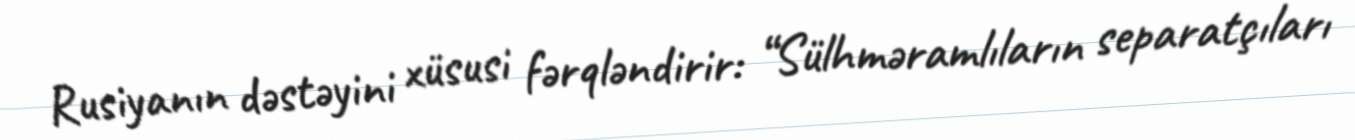
Rusiyanın dəstəyini xüsusi fərqləndirir: “Sülhməramlıların separatçıları